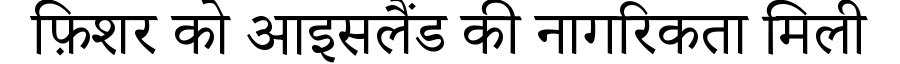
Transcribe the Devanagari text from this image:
फ़िशर को आइसलैंड की नागरिकता मिली